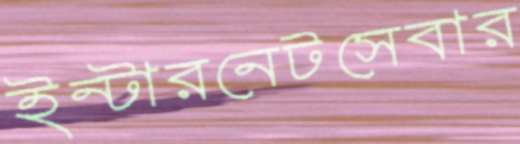
ইন্টারনেটসেবার